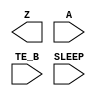
/**
 * Copyright 2020 The SkyWater PDK Authors
 *
 * Licensed under the Apache License, Version 2.0 (the "License");
 * you may not use this file except in compliance with the License.
 * You may obtain a copy of the License at
 *
 *     https://www.apache.org/licenses/LICENSE-2.0
 *
 * Unless required by applicable law or agreed to in writing, software
 * distributed under the License is distributed on an "AS IS" BASIS,
 * WITHOUT WARRANTIES OR CONDITIONS OF ANY KIND, either express or implied.
 * See the License for the specific language governing permissions and
 * limitations under the License.
 *
 * SPDX-License-Identifier: Apache-2.0
 */

`ifndef SKY130_FD_SC_LP__BUSDRIVERNOVLPSLEEP_BLACKBOX_V
`define SKY130_FD_SC_LP__BUSDRIVERNOVLPSLEEP_BLACKBOX_V

/**
 * busdrivernovlpsleep: Bus driver, enable gates pulldown only,
 *                      non-inverted sleep input (on kapwr rail).
 *
 * Verilog stub definition (black box without power pins).
 *
 * WARNING: This file is autogenerated, do not modify directly!
 */

`timescale 1ns / 1ps
`default_nettype none

(* blackbox *)
module sky130_fd_sc_lp__busdrivernovlpsleep (
    Z    ,
    A    ,
    TE_B ,
    SLEEP
);

    output Z    ;
    input  A    ;
    input  TE_B ;
    input  SLEEP;

    // Voltage supply signals
    supply1 VPWR ;
    supply0 VGND ;
    supply1 KAPWR;
    supply1 VPB  ;
    supply0 VNB  ;

endmodule

`default_nettype wire
`endif  // SKY130_FD_SC_LP__BUSDRIVERNOVLPSLEEP_BLACKBOX_V